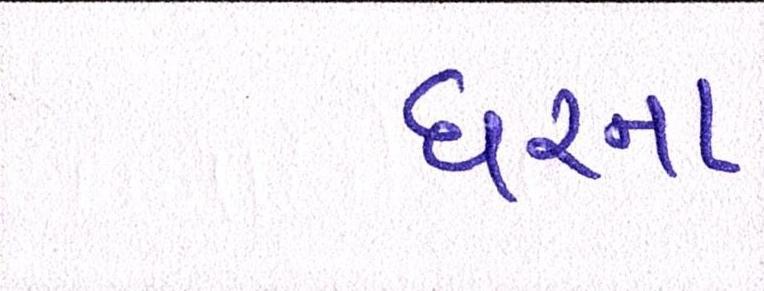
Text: ઘરના